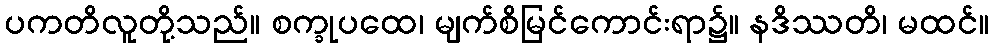
ပကတိလူတို့သည်။ စက္ခုပထေ၊ မျက်စိမြင်ကောင်းရာ၌။ နဒိဿတိ၊ မထင်။